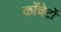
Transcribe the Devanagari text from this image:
काँचेर्टो